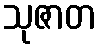
သုဇာတ